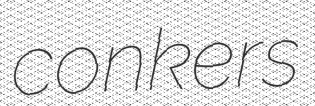
conkers